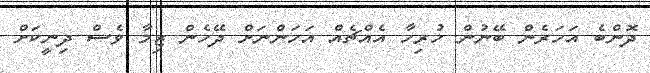
ދޮންބެ އަހަރެން ބޭނުން ހުރިހާ އެއްޗެއް އަހަންނަށް ދޭހެން ޒިމާ ވެސް ދިނީކަށް